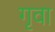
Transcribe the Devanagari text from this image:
गृवा